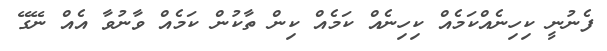
ފެނުނީ ކިހިނެއްކަމެއް ކިހިނެއް ކަމެއް ކިން ތާކުން ކަމެއް ވާނުވާ އެއް ނޭގޭ